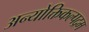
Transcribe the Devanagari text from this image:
अन्योक्तिकल्पद्रम